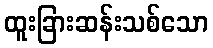
ထူးခြားဆန်းသစ်သော